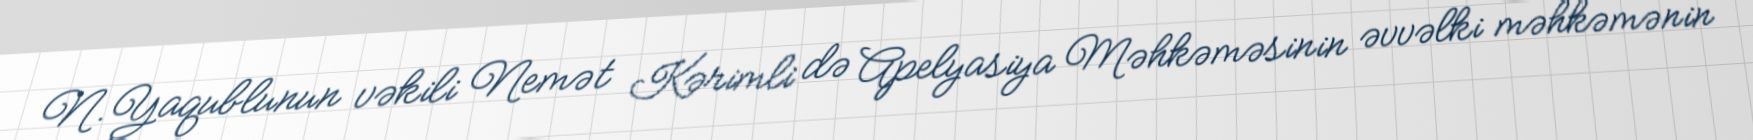
N.Yaqublunun vəkili Nemət Kərimli də Apelyasiya Məhkəməsinin əvvəlki məhkəmənin